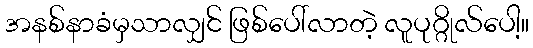
အနစ်နာခံမှသာလျှင် ဖြစ်ပေါ်လာတဲ့ လူပုဂ္ဂိုလ်ပေါ့။